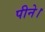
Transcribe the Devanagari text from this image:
पीने।